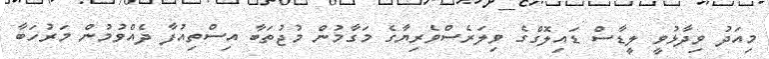
މިއަދު ވިދާޅުވީ ލީޑާސް ޑައިލޮގްގެ ވިލަރެސްވެރިޔާގެ މަގާމުން މުޖުތަބާ އިސްތިއުފާ ދެއްވުމުން މަރުހަބާ